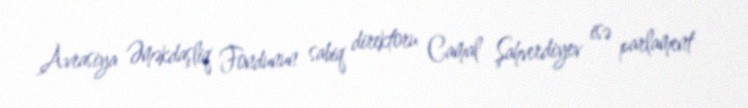
Avrasiya Əməkdaşliq Fondunun sabiq direktoru Camal Şahverdiyev isə parlament